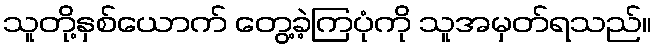
သူတို့နှစ်ယောက် တွေ့ခဲ့ကြပုံကို သူအမှတ်ရသည်။